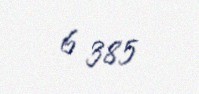
6 385